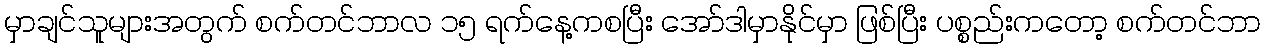
မှာချင်သူများအတွက် စက်တင်ဘာလ ၁၅ ရက်နေ့ကစပြီး အော်ဒါမှာနိုင်မှာ ဖြစ်ပြီး ပစ္စည်းကတော့ စက်တင်ဘာ